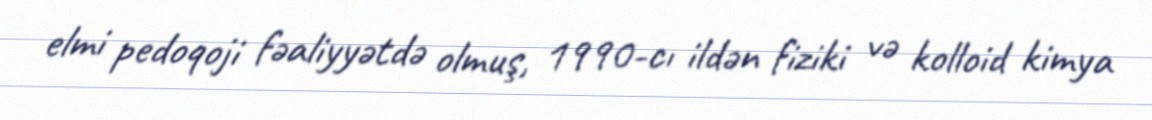
elmi pedoqoji fəaliyyətdə olmuş, 1990-cı ildən fiziki və kolloid kimya